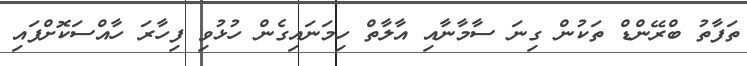
ތަފާތު ބްރޭންޑް ތަކުން ގިނަ ސާމާނާއި އާލާތް ހިމަނައިގެން ހުޅުވި ފިހާރަ ހާއްސަކޮށްފައި